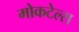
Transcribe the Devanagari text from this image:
मोकटेल्स